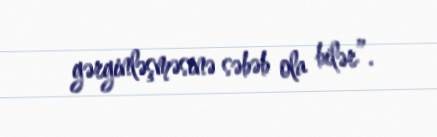
gərginləşməsinə səbəb ola bilər”.